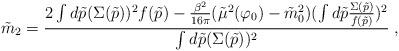
LaTeX: \begin{align*}\tilde{m}_2 = {\frac {2\int d\tilde{p} (\Sigma(\tilde{p}))^2 f(\tilde{p})- {\frac {\beta^2}{16\pi}}(\tilde{\mu}^2(\varphi_0)-\tilde{m}_0^2)(\int d\tilde{p}{\frac {\Sigma(\tilde{p})}{f(\tilde{p})}})^2}{\int d\tilde{p}(\Sigma(\tilde{p}))^2}} \;,\end{align*}